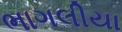
ભાગલીયા